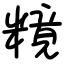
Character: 糡